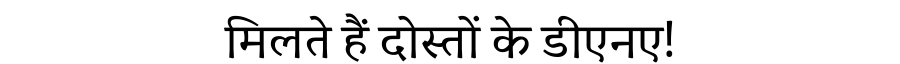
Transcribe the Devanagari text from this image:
मिलते हैं दोस्तों के डीएनए!